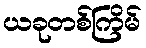
ယခုတစ်ကြိမ်